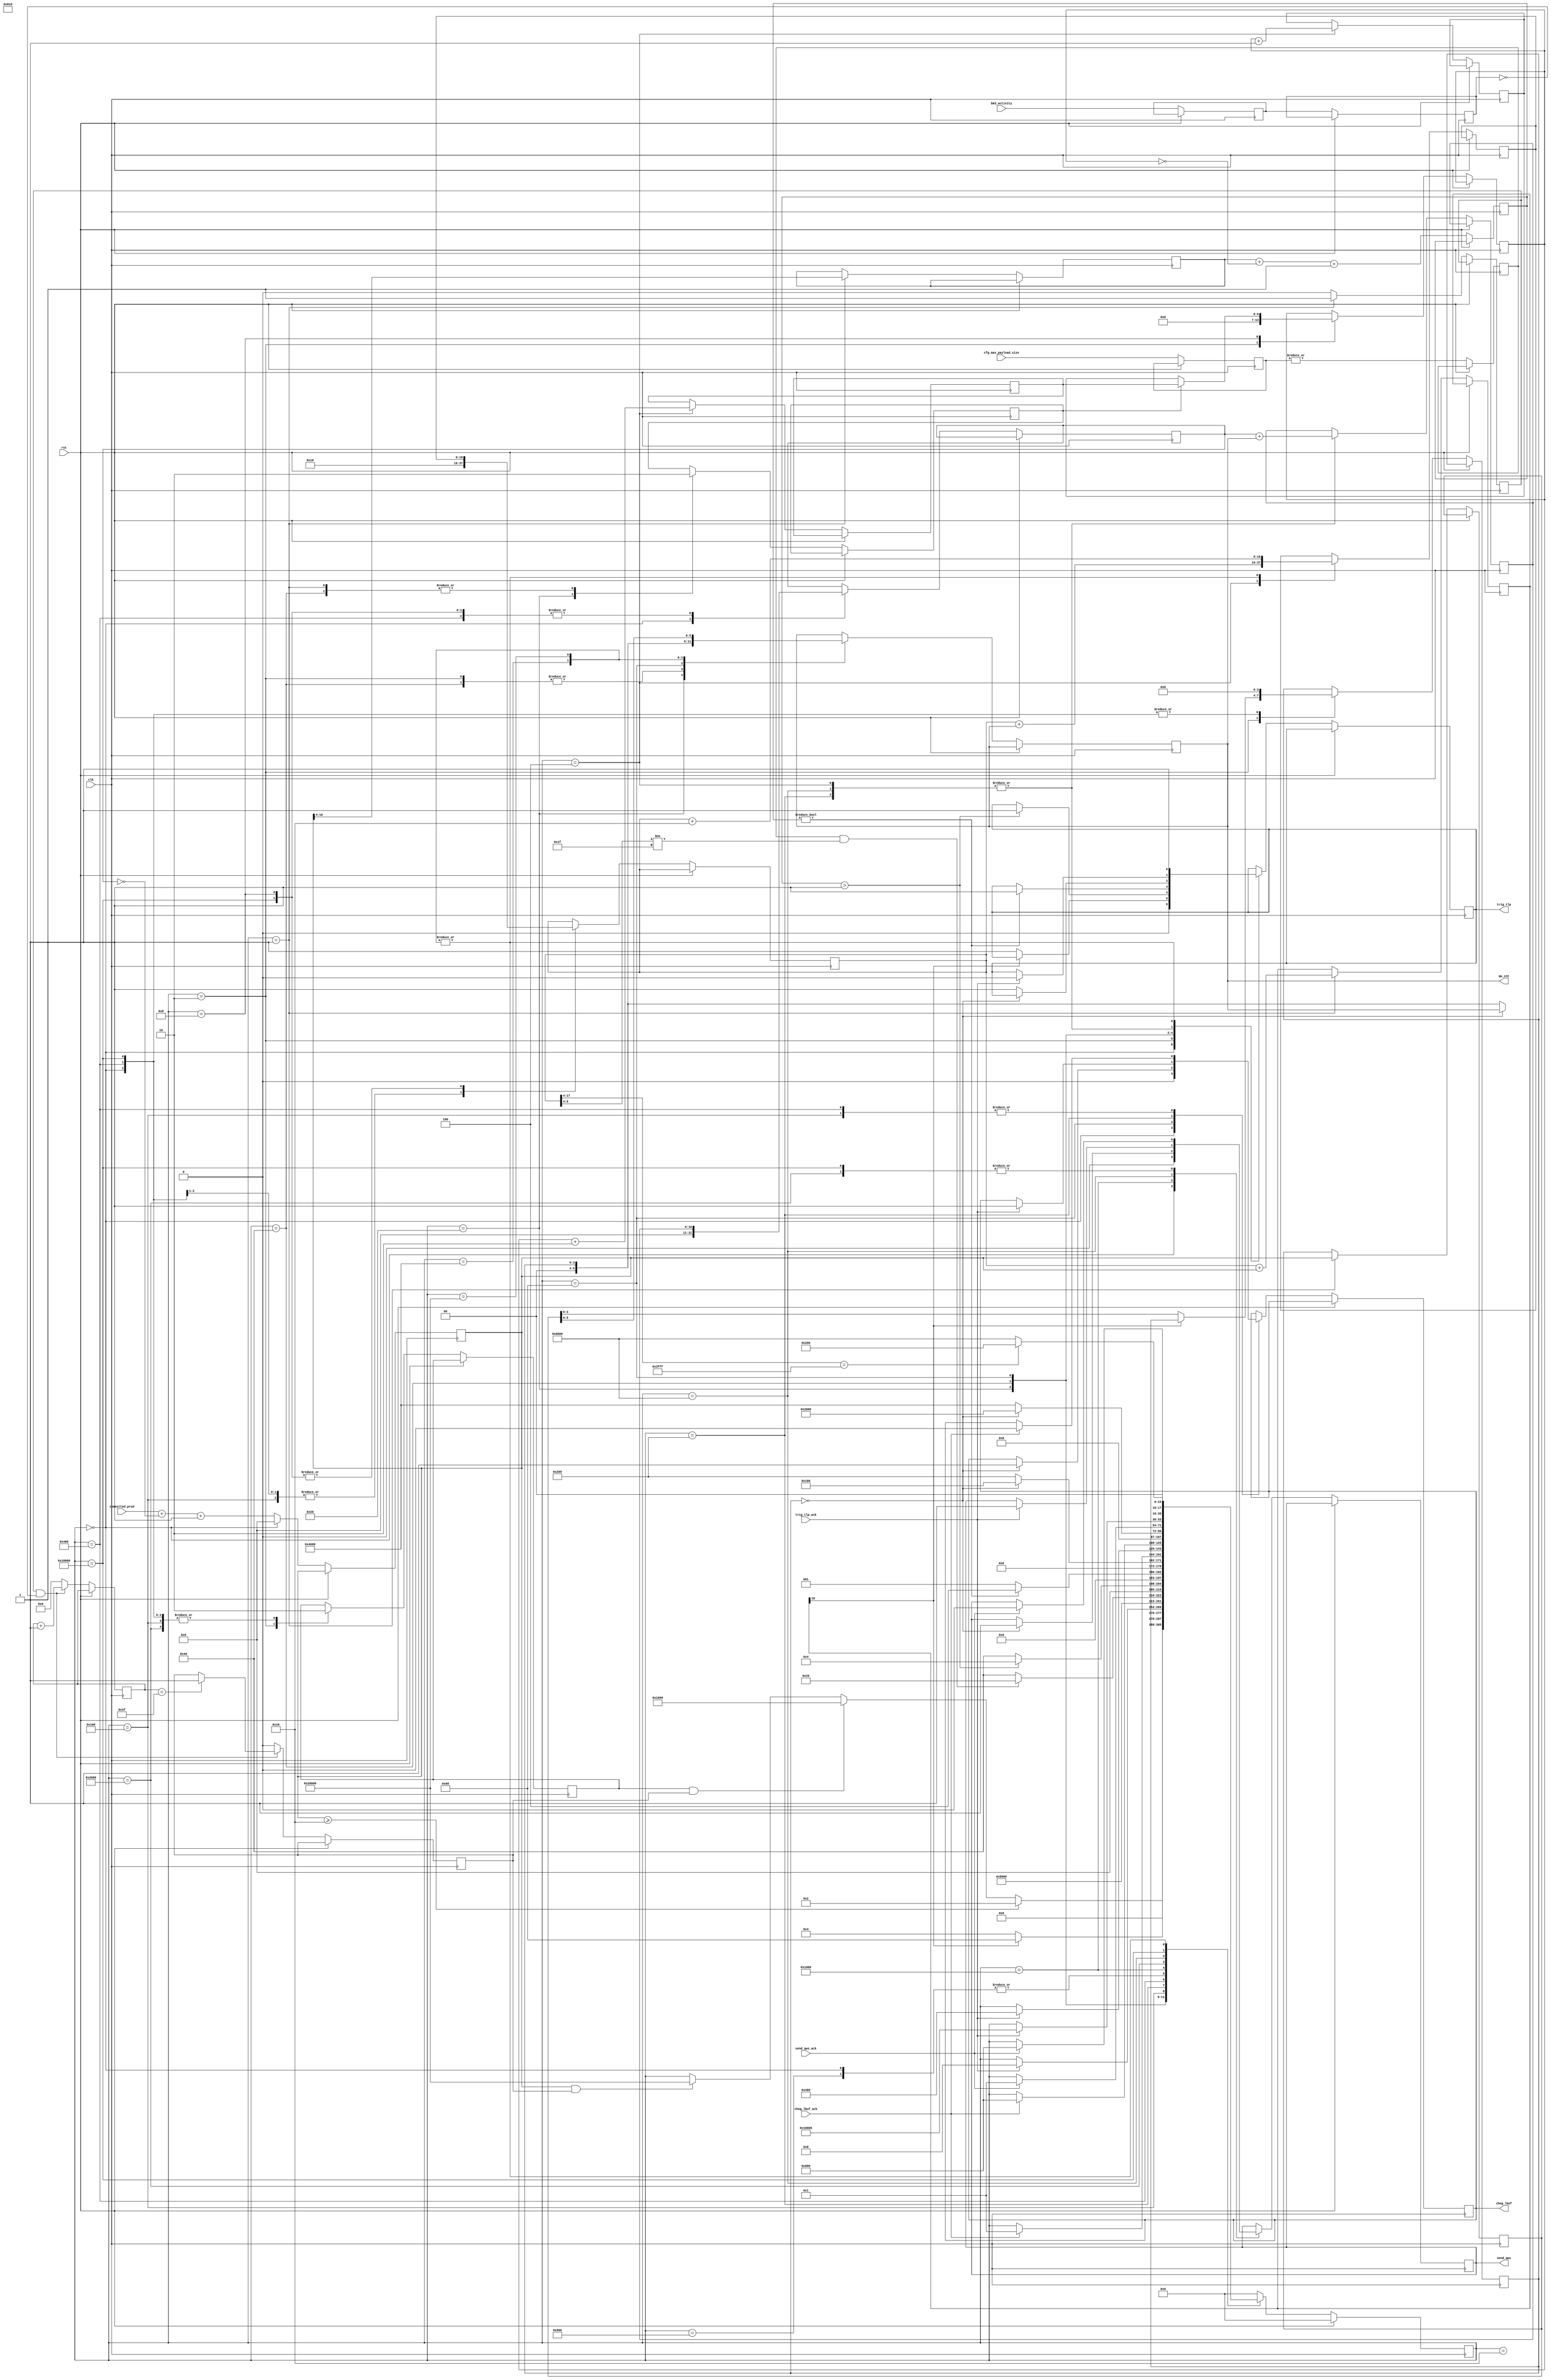
/*******************************************************************************
*
*  NetFPGA-10G http://www.netfpga.org
*
*  File:
*        bkd2tlp_ctrl.v
*
*  Project:
*
*
*  Author:
*        Marco Forconesi
*
*  Description:
*        When enough (good) data is in the internal buffer, a TLP is sent.
*        Backend packet boundaries are not taken in consideration.
*
*
*    This code is initially developed for the Network-as-a-Service (NaaS) project.
*
*  Copyright notice:
*        Copyright (C) 2014 University of Cambridge
*
*  Licence:
*        This file is part of the NetFPGA 10G development base package.
*
*        This file is free code: you can redistribute it and/or modify it under
*        the terms of the GNU Lesser General Public License version 2.1 as
*        published by the Free Software Foundation.
*
*        This package is distributed in the hope that it will be useful, but
*        WITHOUT ANY WARRANTY; without even the implied warranty of
*        MERCHANTABILITY or FITNESS FOR A PARTICULAR PURPOSE.  See the GNU
*        Lesser General Public License for more details.
*
*        You should have received a copy of the GNU Lesser General Public
*        License along with the NetFPGA source package.  If not, see
*        http://www.gnu.org/licenses/.
*
*/

//////////////////////////////////////////////////////////////////////////////////////////////
//////////////////////////////////////////////////////////////////////////////////////////////
`timescale 1ns / 1ps
//`default_nettype none

module bkd2tlp_ctrl # (
    parameter BW = 10
    ) (

    input                    clk,
    input                    rst,

    // CFG
    input        [2:0]       cfg_max_payload_size,

    // bkd2ibuf
    input        [BW:0]      committed_prod,
    input                    bkd_activity,

    // bkd2tlp_ctrl
    output reg               trig_tlp,
    input                    trig_tlp_ack,
    output reg               chng_lbuf,
    input                    chng_lbuf_ack,
    output reg               send_qws,
    input                    send_qws_ack,
    output reg   [5:0]       qw_cnt
    );

    // localparam
    localparam s0  = 18'b000000000000000000;
    localparam s1  = 18'b000000000000000001;
    localparam s2  = 18'b000000000000000010;
    localparam s3  = 18'b000000000000000100;
    localparam s4  = 18'b000000000000001000;
    localparam s5  = 18'b000000000000010000;
    localparam s6  = 18'b000000000000100000;
    localparam s7  = 18'b000000000001000000;
    localparam s8  = 18'b000000000010000000;
    localparam s9  = 18'b000000000100000000;
    localparam s10 = 18'b000000001000000000;
    localparam s11 = 18'b000000010000000000;
    localparam s12 = 18'b000000100000000000;
    localparam s13 = 18'b000001000000000000;
    localparam s14 = 18'b000010000000000000;
    localparam s15 = 18'b000100000000000000;
    localparam s16 = 18'b001000000000000000;
    localparam s17 = 18'b010000000000000000;
    localparam s18 = 18'b100000000000000000;

    //-------------------------------------------------------
    // Local timeout-generation
    //-------------------------------------------------------
    reg          [5:0]       free_running;
    reg                      timeout;
    reg                      bkd_activity_reg0;
    reg                      bkd_activity_reg1;

    //-------------------------------------------------------
    // Local trigger-logic
    //-------------------------------------------------------
    reg          [17:0]      trigger_fsm;
    reg          [BW:0]      diff;
    reg          [BW:0]      diff_reg;
    reg          [BW:0]      cons_i;
    reg          [BW:0]      nxt_cons_i;
    reg                      huge_page_dirty;
    reg          [18:0]      lbuf_qw_offst;
    reg          [18:0]      nxt_lbuf_qw_offst;
    reg          [18:0]      eolbuf_chk;
    reg          [3:0]       qw_lft;
    reg          [BW-4:0]    tlp_snt;
    reg          [BW-4:0]    nxt_tlp_snt128;
    reg          [BW-4:0]    nxt_tlp_snt256;
    reg          [BW-4:0]    tlp2snd;
    reg          [BW-3:0]    diff_tlp;
    reg                      rx_idle;
    reg                      double_inc;
    reg                      mx256;
    reg          [2:0]       cfg_max_payload_size_reg;

    ////////////////////////////////////////////////
    // timeout logic
    ////////////////////////////////////////////////
    always @(posedge clk) begin
        if (rst) begin  // rst
        end
        
        else begin  // not rst

            bkd_activity_reg0 <= bkd_activity;
            bkd_activity_reg1 <= bkd_activity_reg0;

            if (rx_idle && !bkd_activity_reg1) begin
                free_running <= free_running +1;
                if (free_running == 'h3F) begin
                    timeout <= 1'b1;
                end
            end
            else begin
                timeout <= 1'b0;
                free_running <= 'b0;
            end

        end     // not rst
    end  //always

    ////////////////////////////////////////////////
    // trigger-logic
    ////////////////////////////////////////////////
    always @(posedge clk) begin
        
        if (rst) begin  // rst
            trigger_fsm <= s0;
        end

        else begin  // not rst

            rx_idle <= 1'b0;

            diff <= committed_prod + (~cons_i) +1;
            diff_tlp <= tlp2snd + (~tlp_snt) +1;

            cfg_max_payload_size_reg <= cfg_max_payload_size;
            mx256 <= | cfg_max_payload_size_reg;
            
            case (trigger_fsm)

                s0 : begin
                    trig_tlp <= 1'b0;
                    chng_lbuf <= 1'b0;
                    send_qws <= 1'b0;
                    diff <= 'b0;
                    cons_i <= 'b0;
                    lbuf_qw_offst <= 'h10;
                    huge_page_dirty <= 1'b0;
                    qw_lft <= 'b0;
                    trigger_fsm <= s1;
                end

                s1 : begin
                    rx_idle <= 1'b1;
                    eolbuf_chk <= lbuf_qw_offst + diff;
                    diff_reg <= diff;
                    tlp2snd <= diff[BW:4];
                    double_inc <= 1'b0;

                    if (diff >= 'h10) begin
                        trigger_fsm <= s2;
                    end
                    else if ((huge_page_dirty) && (timeout)) begin
                        trigger_fsm <= s13;
                    end
                    else if ((diff) && (timeout)) begin
                        trigger_fsm <= s18;
                    end
                end

                s2 : begin
                    huge_page_dirty <= 1'b1;
                    tlp_snt <= 'b0;
                    qw_cnt <= 'h10;
                    if (eolbuf_chk[18]) begin       // 2MB
                        trigger_fsm <= s8;
                    end
                    else begin
                        trig_tlp <= 1'b1;
                        qw_lft <= diff_reg[3:0];
                        trigger_fsm <= s3;
                    end
                end

                s3 : begin
                    nxt_cons_i <= cons_i + qw_cnt;
                    nxt_tlp_snt128 <= tlp_snt +1;
                    nxt_tlp_snt256 <= tlp_snt +2;
                    nxt_lbuf_qw_offst <= lbuf_qw_offst + qw_cnt;
                    if (trig_tlp_ack) begin
                        trig_tlp <= 1'b0;
                        trigger_fsm <= s4;
                    end
                end

                s4 : begin
                    cons_i <= nxt_cons_i;
                    tlp_snt <= double_inc ? nxt_tlp_snt256 : nxt_tlp_snt128;
                    lbuf_qw_offst <= nxt_lbuf_qw_offst;
                    trigger_fsm <= s5;
                end

                s5 : begin
                    //delay: diff_tlp
                    if (mx256 && (lbuf_qw_offst[8:4] != 5'h1F)) begin                 // not the last in a 4kpage
                        trigger_fsm <= s6;
                    end
                    else begin
                        trigger_fsm <= s7;
                    end
                end

                s6 : begin
                    qw_cnt <= 'h20;
                    double_inc <= 1'b1;
                    if (diff_tlp > 'h1) begin
                        trig_tlp <= 1'b1;
                        trigger_fsm <= s3;
                    end
                    else begin
                        trigger_fsm <= s7;
                    end
                end

                s7 : begin
                    double_inc <= 1'b0;
                    qw_cnt <= 'h10;
                    if (diff_tlp) begin
                        trig_tlp <= 1'b1;
                        trigger_fsm <= s3;
                    end
                    else begin
                        trigger_fsm <= s1;
                    end
                end

                s8 : begin
                    if (!qw_lft) begin
                        chng_lbuf <= 1'b1;
                        trigger_fsm <= s9;
                    end
                    else begin
                        qw_cnt <= {2'b0, qw_lft};
                        trig_tlp <= 1'b1;
                        trigger_fsm <= s10;
                    end
                end

                s9 : begin
                    huge_page_dirty <= 1'b0;
                    lbuf_qw_offst <= 'h10;
                    if (chng_lbuf_ack) begin
                        chng_lbuf <= 1'b0;
                        trigger_fsm <= s1;
                    end
                end

                s10 : begin
                    nxt_cons_i <= cons_i + qw_cnt;
                    if (trig_tlp_ack) begin
                        trig_tlp <= 1'b0;
                        chng_lbuf <= 1'b1;
                        trigger_fsm <= s11;
                    end
                end

                s11 : begin
                    cons_i <= nxt_cons_i;
                    lbuf_qw_offst <= 'h10;
                    qw_lft <= 'b0;
                    huge_page_dirty <= 1'b0;
                    if (chng_lbuf_ack) begin
                        chng_lbuf <= 1'b0;
                        trigger_fsm <= s12;
                    end
                end

                s12 : begin
                    // delay: diff
                    trigger_fsm <= s1;
                end

                s13 : begin
                    if (!qw_lft) begin
                        send_qws <= 1'b1;
                        trigger_fsm <= s14;
                    end
                    else begin
                        trigger_fsm <= s15;
                    end
                end

                s14 : begin
                    huge_page_dirty <= 1'b0;
                    if (send_qws_ack) begin
                        send_qws <= 1'b0;
                        trigger_fsm <= s1;
                    end
                end

                s15 : begin
                    nxt_lbuf_qw_offst <= lbuf_qw_offst + 'h10;
                    qw_cnt <= {2'b0, qw_lft};
                    trig_tlp <= 1'b1;
                    if (lbuf_qw_offst[17:4] == 'h3FFF) begin      // the last in the 2MB hp
                        trigger_fsm <= s10;
                    end
                    else begin
                        trigger_fsm <= s16;
                    end
                end

                s16 : begin
                    nxt_cons_i <= cons_i + qw_cnt;
                    if (trig_tlp_ack) begin
                        trig_tlp <= 1'b0;
                        send_qws <= 1'b1;
                        trigger_fsm <= s17;
                    end
                end

                s17 : begin
                    cons_i <= nxt_cons_i;
                    lbuf_qw_offst <= nxt_lbuf_qw_offst;
                    qw_lft <= 'b0;
                    huge_page_dirty <= 1'b0;
                    if (send_qws_ack) begin
                        send_qws <= 1'b0;
                        trigger_fsm <= s12;
                    end
                end

                s18 : begin
                    nxt_lbuf_qw_offst <= lbuf_qw_offst + 'h10;
                    qw_cnt <= diff_reg;
                    trig_tlp <= 1'b1;
                    if (lbuf_qw_offst[17:4] == 'h3FFF) begin      // the last in the 2MB hp
                        trigger_fsm <= s10;
                    end
                    else begin
                        trigger_fsm <= s16;
                    end
                end

                default : begin
                    trigger_fsm <= s0;
                end

            endcase

        end     // not rst
    end  //always

endmodule // bkd2tlp_ctrl

//////////////////////////////////////////////////////////////////////////////////////////////
//////////////////////////////////////////////////////////////////////////////////////////////